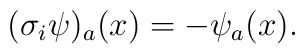
(\sigma_i\psi)_a(x)=-\psi_a(x).